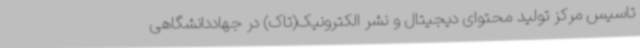
تاسیس مرکز تولید محتوای دیجیتال و نشر الکترونیک(تاک) در جهاددانشگاهی